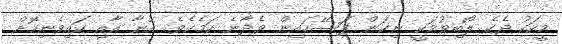
މީހަކު ދެކެ ލޯބިވުމަކީ ނިކަން ފަސޭހައިން ވެދާނެ ކަމެކެވެ. އޭނާ އާއި ކައިވެނިކޮށް